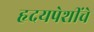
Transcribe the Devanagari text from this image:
हृदयपेशींचे